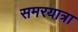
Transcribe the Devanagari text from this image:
समरयात्रा